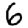
Digit: 6